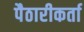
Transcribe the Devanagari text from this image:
पैठारीकर्ता